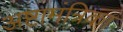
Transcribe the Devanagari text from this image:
अष्टामंत्रिका